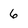
Character: 6